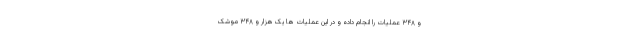
و ۳۴۸ عملیات را انجام داده و در این عملیات ها یک هزار و ۳۴۸ موشک